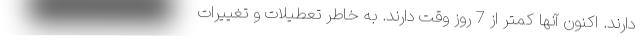
دارند. اکنون آنها کمتر از 7 روز وقت دارند. به خاطر تعطیلات و تغییرات